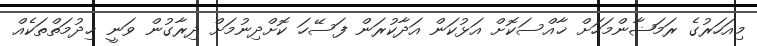
މިއަހަރުގެ ރަމަޟާންމަހަށް ޚާއްސަކޮށް އަޅުކަން އަދާކުރަން ފަސޭހަ ކޮށްދިނުމަށް ދިރާގުން ވަނީ ޚިދުމަތްތަކެއް